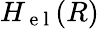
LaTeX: H_{\mathrm{~e~l~}}(R)